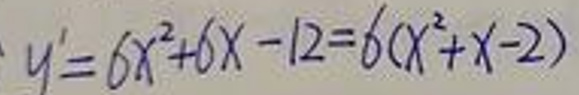
\[
y' = 6x^{2}+6x - 12 = 6(x^{2}+x - 2)
\]